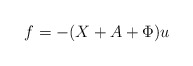
\begin{align*}f = -(X+A+\Phi) u\end{align*}